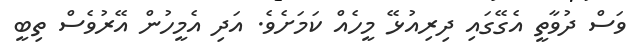
ވަސް ދުވާތީ އެގޭގައި ދިރިއުޅޭ މީހެއް ކަމަށެވެ. އަދި އެމީހުން އޭރުވެސް ތިބީ